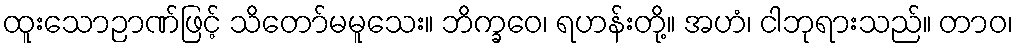
ထူးသောဉာဏ်ဖြင့် သိတော်မမူသေး။ ဘိက္ခဝေ၊ ရဟန်းတို့။ အဟံ၊ ငါဘုရားသည်။ တာဝ၊